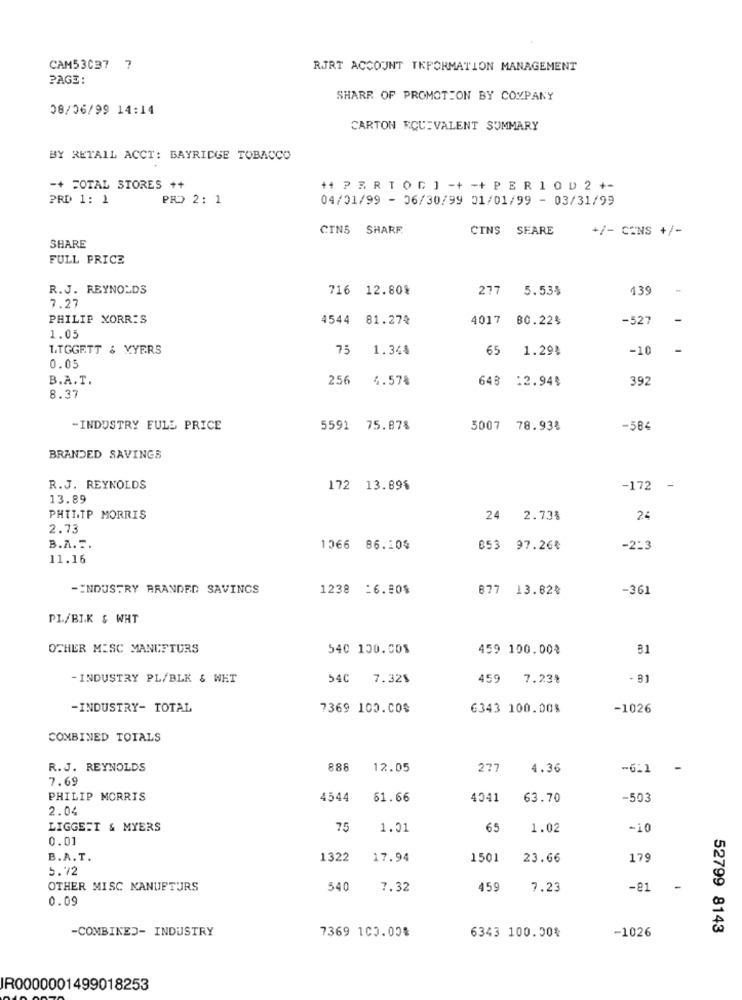
CAM53037 ?
RJRT ACCOUNT TKPORMATION MANAGEMENT
PAGE :
SHARE OF PROMOTION BY COMPANY
08/06/99 14:14
CARTON EQUIVALENT SUMMARY
BY RETAIL ACCT: BAYRIDGE TOBACCO
-+ TOTAL STORES ++
+4 P E R T OG ] -+ -+ P E R 1 0 D 2 +-
PRD 1: 1
PRO 2: 1
04/01/99 - 06/30/99 01/01/99 - 03/31/99
CINS SHARF
CINS SEARE
+/- CONS +/-
SHARE
FULL PRICE
R.J. REYNOLDS
716 12.80%
277 5.53%
439
7.27
PHILIP MORRIS
4544
81.27%
4017 80.22%
-527
1.05
LIGGETT & MYERS
75
1.344
65 1.29%
-10
0.05
B.A. T.
256
4.578
643 :2.94%
392
8.37
-INDUSTRY FULL PRICE
5591 75.87%
5007 78.93%
-584
BRANDED SAVINGS
R.J. REYNOLDS
172 13.89%
-172
-
13.89
PHILIP MORRIS
24 2.73%
24
2.73
B.A. T.
1066 86.10%
653 97.26₺
-2:3
11.16
-INDUSTRY BRANDED SAVINGS
1238 -6.80%
877 13.82₺
-361
PL/BIK & WHT
OTHER MISC MANUFTURS
540 100.00%
459 100.00%
- INDUSTRY PL/BLK & WET
54C 7.32$
459 7.23%
- 81
-INDUSTRY- TOTAL
7369 100.00$
6343 100.00%
-1026
COMBINED TOTALS
R.J. REYNOLDS
888
12.05
277
4.36
-6:1
-
7.69
PHILIP MORRIS
4544
61.66
4041
63.70
-503
2.04
LIGGEET & MYERS
75
1.01
65
1.02
-10
0.01
B.A.T.
1322
17.94
1501
23.66
179
5.72
OTHER MISC KANUFTURS
540
7.32
459
7.23
-81
0.09
-COMBINED- INDUSTRY
7369 103.00%
6343 100.00%
-1026
52799 8143
IR0000001499018253